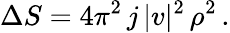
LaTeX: \Delta S=4\pi^{2}\, j\, |v|^{2}\, \rho^{2}\, .